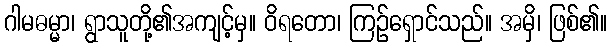
ဂါမဓမ္မာ၊ ရွာသူတို့၏အကျင့်မှ။ ဝိရတော၊ ကြဉ်ရှောင်သည်။ အမှိ၊ ဖြစ်၏။